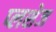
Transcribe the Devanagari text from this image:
प्लशेज